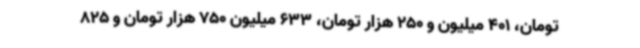
تومان، 401 میلیون و 250 هزار تومان، 633 میلیون 750 هزار تومان و 825